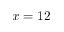
x = 1 2